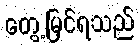
တွေ့မြင်ရသည်